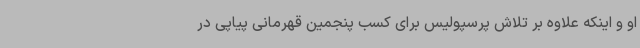
او و اینکه علاوه بر تلاش پرسپولیس برای کسب پنجمین قهرمانی ‌پیاپی در